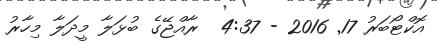
އޮކްޓޯބަރު 17